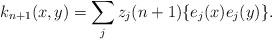
LaTeX: \begin{align*}k_{n+1}(x,y) = \sum_j{z_j(n+1) \{e_j(x)e_j(y)\}}.\end{align*}